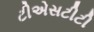
ટીએસટીટી